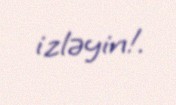
izləyin!.